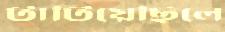
টাটিয়েছিলে